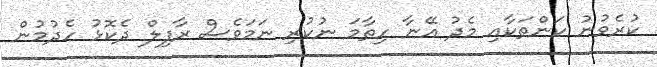
ކުރެވުނު ކަންތަކާއި މެދު އޭނާ ހިތާމަ ނުކުރި ނަމަވެސް ރާފިލް ދެކޮޅު ހެދުމުން